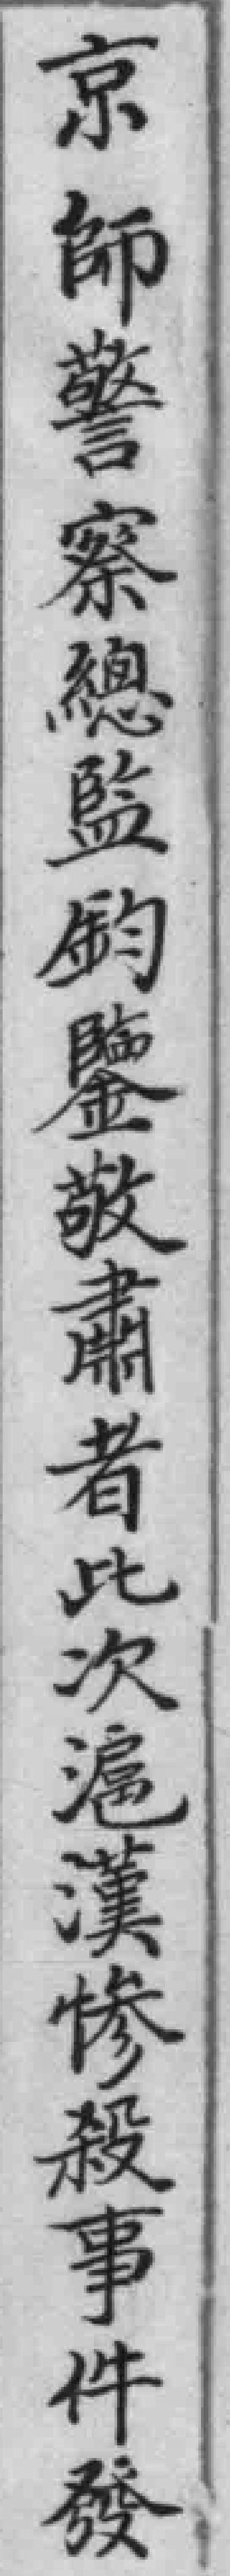
京師警察總監鈞鑒敬肅者此次滬漢惨殺事件發